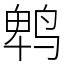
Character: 鹎